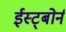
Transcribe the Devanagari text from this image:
ईस्ट्बोर्न